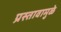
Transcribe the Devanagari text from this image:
प्रस्तावामुळे